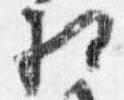
相